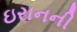
ઇરાનની